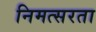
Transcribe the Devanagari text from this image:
निमत्सरता